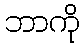
ဘာကို